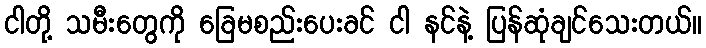
ငါတို့ သမီးတွေကို ခြေမစည်းပေးခင် ငါ နင်နဲ့ ပြန်ဆုံချင်သေးတယ်။